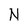
Character: N